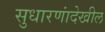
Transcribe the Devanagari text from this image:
सुधारणांदेखील